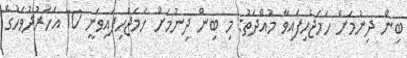
ބިން ދިނުމަށް ހަމަޖެހިފައިވާ މުއްދަތު: މި ބިން ދިނުމަށް ހަމަޖެހިފައިވަނީ 10 އަހަރުދުވަހުގެ